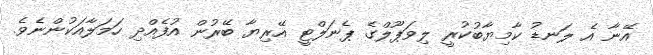
އޭނާ އެ ލަނޑު ކާމިޔާބުކުރީ ލިވަޕޫލްގެ ޕެނަލްޓީ އޭރިޔާ ބޭރުން އުފެއްދި ހަމަލާއަކުންނެވެ.